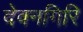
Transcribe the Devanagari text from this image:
देवनगिरि